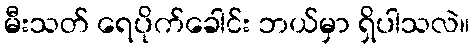
မီးသတ် ရေပိုက်ခေါင်း ဘယ်မှာ ရှိပါသလဲ။